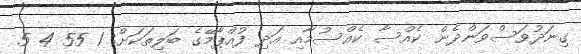
ގިނަދުވަސްވަންދެން ކެއްސާ ކެއްސުމާއި އަދި ފުއްޕާމޭގެ ބަލިތަކަށް: 1 55 4 5